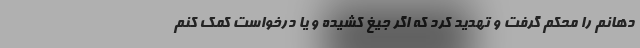
دهانم را محکم گرفت و تهدید کرد که اگر جیغ کشیده و یا درخواست کمک کنم